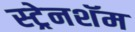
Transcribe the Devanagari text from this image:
स्ट्रेनशॅम